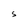
Character: S